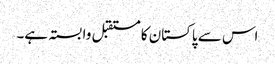
اس سے پاکستان کا مستقبل وابستہ ہے۔